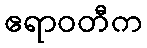
ဧရာဝတီက